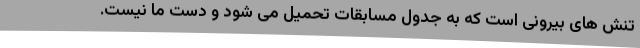
تنش های بیرونی است که به جدول مسابقات تحمیل می شود و دست ما نیست.